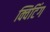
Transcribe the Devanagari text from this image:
क्विटिंग